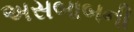
અસબાબની